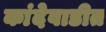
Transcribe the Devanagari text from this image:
कांदेवाडीत